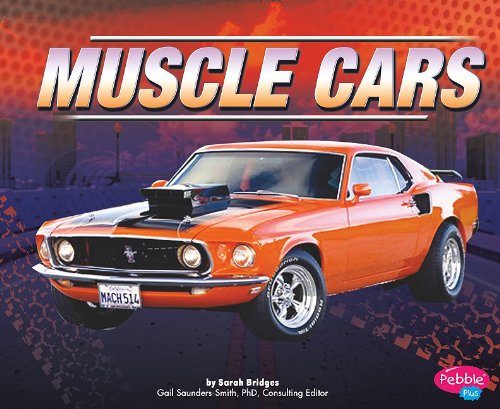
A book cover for Muscle Cars (Rev It Up!); PhD, Sarah Bridges; Children's Books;